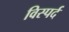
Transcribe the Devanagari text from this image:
विस्पर्द